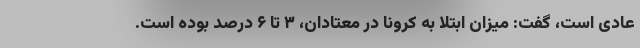
عادی است، گفت: میزان ابتلا به کرونا در معتادان، ۳ تا ۶ درصد بوده است.